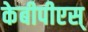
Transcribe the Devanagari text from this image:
केबीपीएस्‌